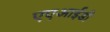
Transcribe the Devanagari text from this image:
एएआईडी